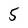
Character: 5